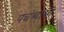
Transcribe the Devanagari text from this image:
पचंब्यासी